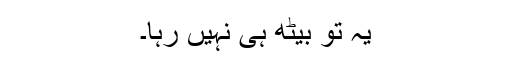
یہ تو بیٹھ ہی نہیں رہا۔